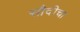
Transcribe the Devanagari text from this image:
सौदीचा